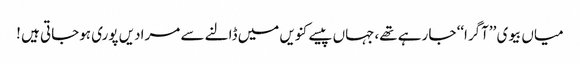
میاں بیوی ’’آگرا‘‘ جا رہے تھے،جہاں پیسے کنویں میں ڈالنے سے مرادیں پوری ہوجاتی ہیں !